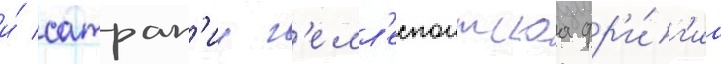
и́ сатрап'иу г'елл'еспонтскаа фр'и́г'иа